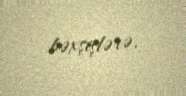
bəxşişlərə.